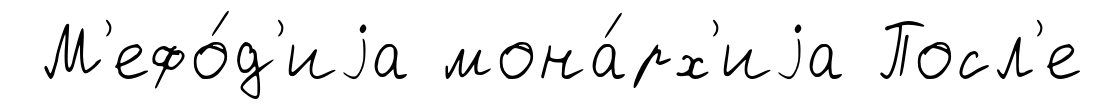
М'ефо́д'иjа мона́рх'иjа Посл'е